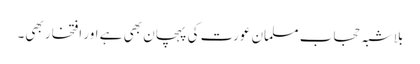
بلاشبہ حجاب مسلمان عورت کی پہچان بھی ہے اور افتخار بھی۔